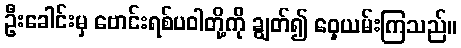
ဦးခေါင်းမှ ဗောင်းရစ်ပဝါတို့ကို ချွတ်၍ ဝှေ့ယမ်းကြသည်။